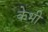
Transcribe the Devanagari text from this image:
केभी